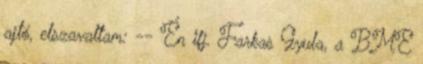
ajtó, elszavaltam: -- Én ifj. Farkas Gyula, a BME